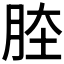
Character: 𦛏